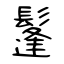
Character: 鬔